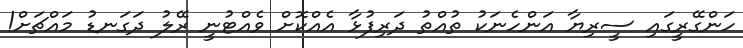
ހަންގޭރީގައި ސީރިޔާ އަންހެނަކު ތުއްތު ދަރިފުޅާ އެއްކޮށް ވެއްޓުނީ ރޭލު ދަގަނޑު މައްޗަށް!